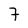
Character: 7